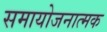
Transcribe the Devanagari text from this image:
समायोजनात्मक